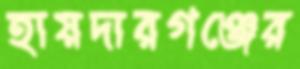
হায়দারগঞ্জের